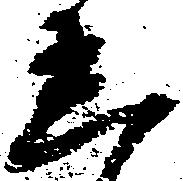
着